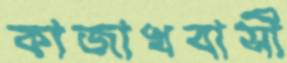
কাজাখবাসী